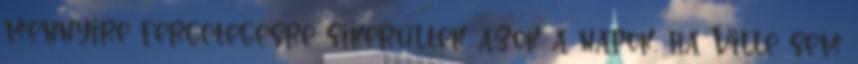
mennyire fergetegesre sikerültek azok a napok, ha Ville sem